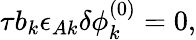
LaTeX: \begin{array}{r}{\tau b_{k}\epsilon_{Ak}\delta\phi_{k}^{(0)}=0,}\end{array}